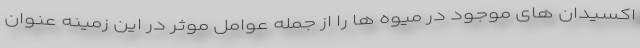
اکسیدان های موجود در میوه ها را از جمله عوامل موثر در این زمینه عنوان